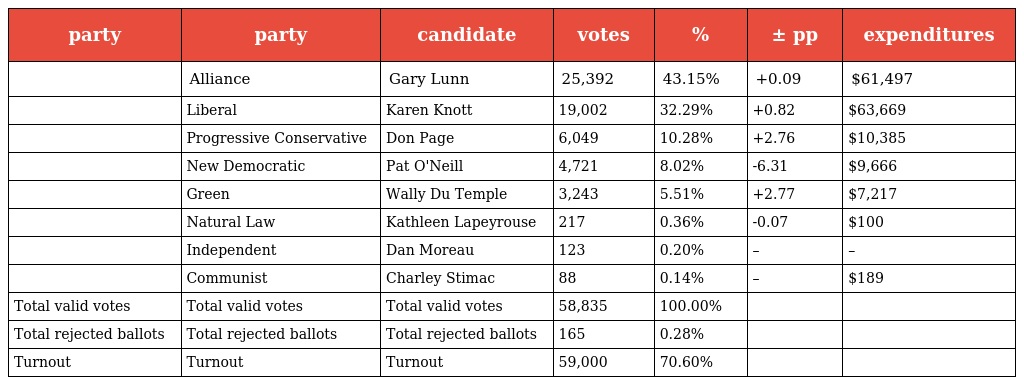
| party | party | candidate | votes | % | ± pp | expenditures |
 | --- | --- | --- | --- | --- | --- | --- |
 |  | Alliance | Gary Lunn | 25,392 | 43.15% | +0.09 | $61,497 |
 |  | Liberal | Karen Knott | 19,002 | 32.29% | +0.82 | $63,669 |
 |  | Progressive Conservative | Don Page | 6,049 | 10.28% | +2.76 | $10,385 |
 |  | New Democratic | Pat O'Neill | 4,721 | 8.02% | -6.31 | $9,666 |
 |  | Green | Wally Du Temple | 3,243 | 5.51% | +2.77 | $7,217 |
 |  | Natural Law | Kathleen Lapeyrouse | 217 | 0.36% | -0.07 | $100 |
 |  | Independent | Dan Moreau | 123 | 0.20% | – | – |
 |  | Communist | Charley Stimac | 88 | 0.14% | – | $189 |
 | Total valid votes | Total valid votes | Total valid votes | 58,835 | 100.00% |  |  |
 | Total rejected ballots | Total rejected ballots | Total rejected ballots | 165 | 0.28% |  |  |
 | Turnout | Turnout | Turnout | 59,000 | 70.60% |  |  |